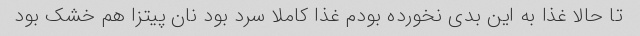
تا حالا غذا به این بدی نخورده بودم غذا کاملا سرد بود نان پیتزا هم خشک بود